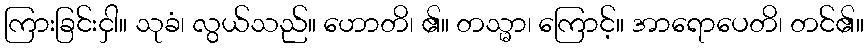
ကြားခြင်းငှါ။ သုခံ၊ လွယ်သည်။ ဟောတိ၊ ၏။ တသ္မာ၊ ကြောင့်။ အာရောပေတိ၊ တင်၏။